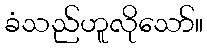
ခံသည်ဟူလိုသော်။